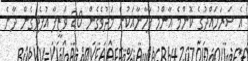
އެ ސަރަހައްދުގެ ކޮންމެ އާންމު ފާހާނާއަކުން މަދުވެގެން 20 ވަޒީފާ އުފެދިގެން ދާނެ